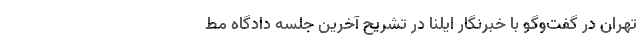
تهران در گفت‌‌و‌گو با خبرنگار ایلنا در تشریح آخرین جلسه دادگاه مط